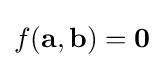
f({\textbf {a}},{\textbf {b}})={\textbf {0}}